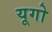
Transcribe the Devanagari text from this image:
यूगो